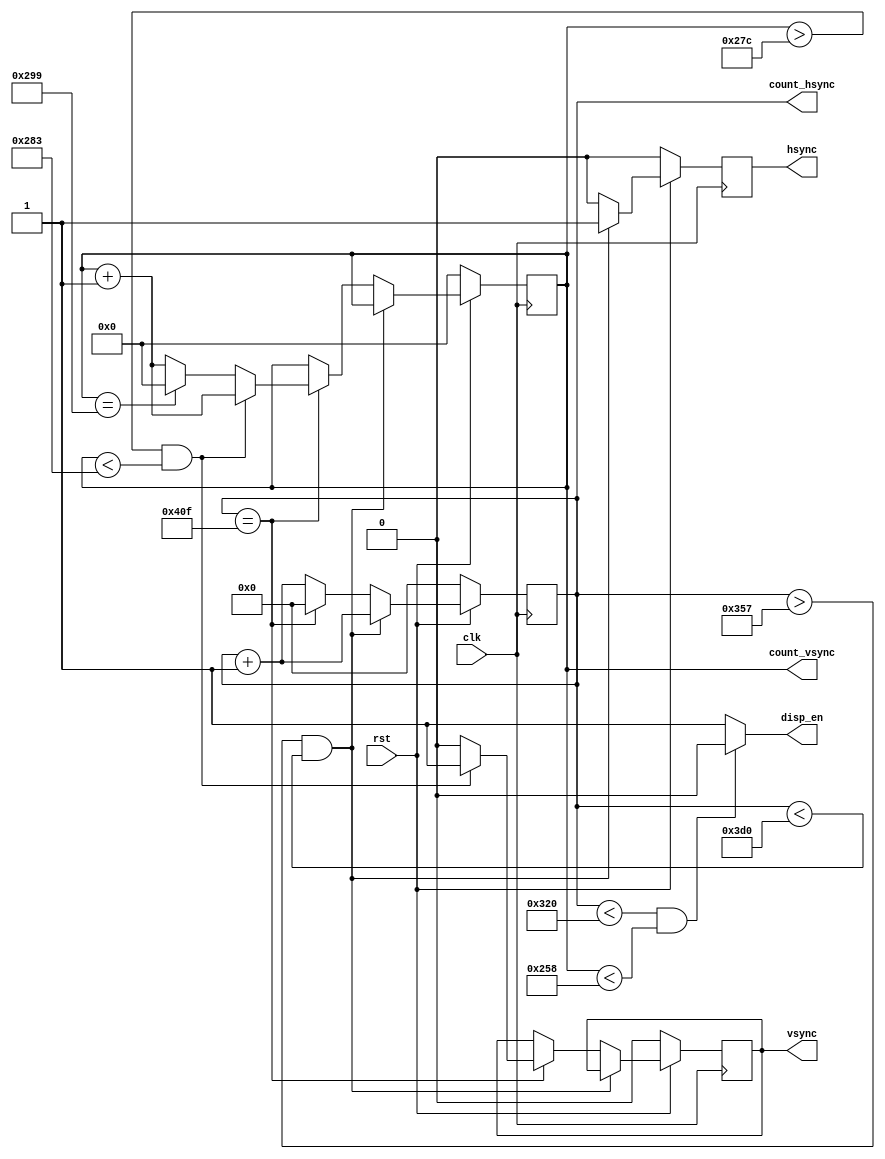

module sync(
					input clk,
					input rst,
					
					output disp_en,
					output reg hsync,
					output reg vsync,
					output reg [10:0] count_hsync,
					output reg [9:0] count_vsync);
					

assign disp_en = ((count_hsync < 800)&(count_vsync < 600)) ?  0:1;

always @(posedge clk)

			if(rst == 0) begin
					hsync<=0;
					vsync<=0;
					count_hsync<=0;
					count_vsync<=0; end 
					
					else begin if((count_hsync >855) & (count_hsync <976)) begin
											hsync<=1;
											count_hsync<=count_hsync+1; end
											else begin hsync<=0;
														  count_hsync<=count_hsync+1;														  
														  if(count_hsync == 1039) begin 
																		count_hsync<=0;
																		count_vsync<=count_vsync+1;											
																		if((count_vsync >636) & (count_vsync <643)) begin
																					vsync<=1;
																					count_vsync<=count_vsync+1; end 
																					else begin vsync<=0;
																								  count_vsync<=count_vsync+1;
																								  if(count_vsync == 665)
																												count_vsync<=0;
																											else count_vsync<=count_vsync+1;	end 
																							end else count_hsync<=count_hsync+1;
													end 								
								end

endmodule